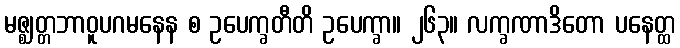
မဇ္ဈတ္တဘာဝူပဂမနေန စ ဥပေက္ခတီတိ ဥပေက္ခာ။ ၂၆၃။ လက္ခဏာဒိတော ပနေတ္ထ